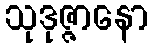
သုဒုဇ္ဇာနော